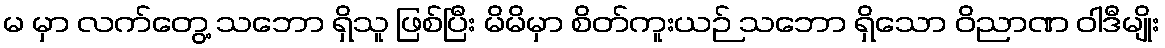
မ မှာ လက်တွေ့ သဘော ရှိသူ ဖြစ်ပြီး မိမိမှာ စိတ်ကူးယဉ် သဘော ရှိသော ဝိညာဏ ဝါဒီမျိုး